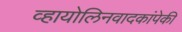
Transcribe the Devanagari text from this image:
व्हायोलिनवादकांपेकी